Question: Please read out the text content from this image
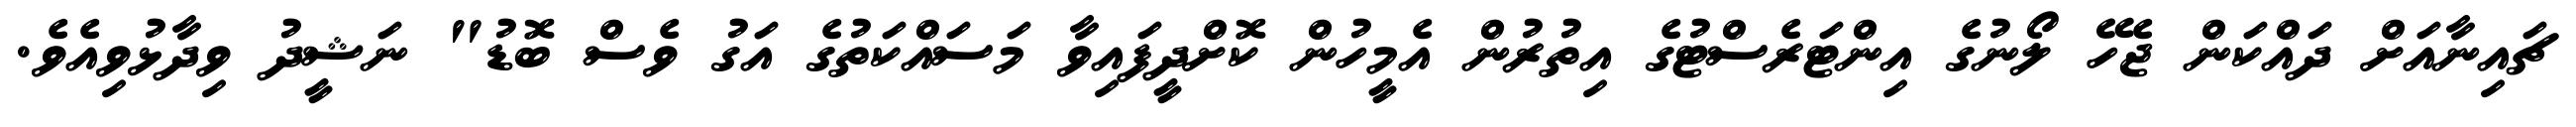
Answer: ޗައިނާއަށް ދައްކަން ޖެހޭ ލޯނުގެ އިންޓަރެސްޓުގެ އިތުރުން އެމީހުން ކޮށްދީފައިވާ މަސައްކަތުގެ އަގު ވެސް ބޮޑު" ނަޝީދު ވިދާޅުވިއެވެ.